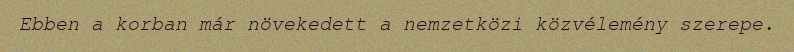
Ebben a korban már növekedett a nemzetközi közvélemény szerepe.